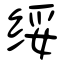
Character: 绥